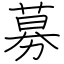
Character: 募